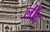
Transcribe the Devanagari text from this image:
लींद